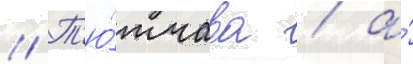
// Т'ю́тчева / а́